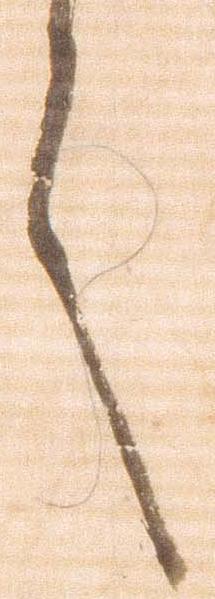
言